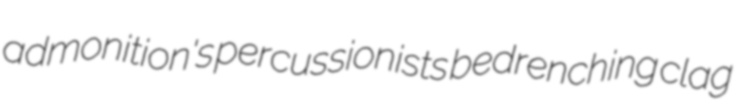
admonition's percussionists bedrenching clag